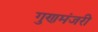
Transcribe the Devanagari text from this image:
गुणमंजरी